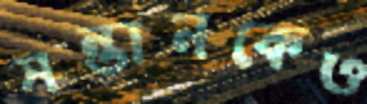
সন্তানকেও